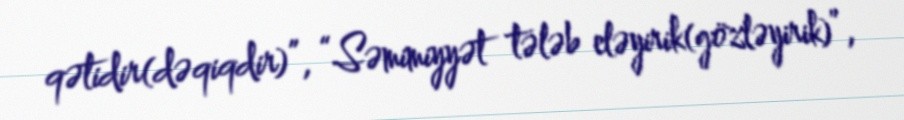
qətidir(dəqiqdir)”, “Səmimiyyət tələb eləyirik(gözləyirik)”,